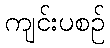
ကျင်းပစဉ်